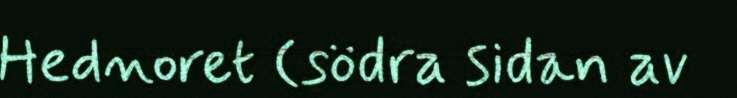
Hednoret (södra sidan av